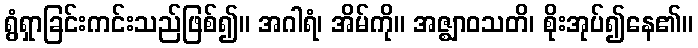
ရွံရှာခြင်းကင်းသည်ဖြစ်၍။ အဂါရံ၊ အိမ်ကို။ အဇ္ဈာဝသတိ၊ စိုးအုပ်၍နေ၏။